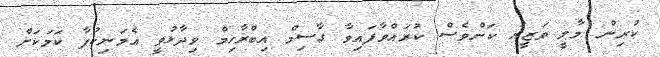
ކުރިން މާލީ ވަޒީރު ކަންވެސް ކުރައްވާފައިވާ ގާސިމް އިބްރާހިމް ވިދާޅުވީ އެމަނިކުފާ ކަމަކަށް